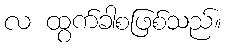
လ ထွက်ခါစဖြစ်သည်။